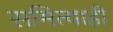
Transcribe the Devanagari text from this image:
समित्याही